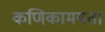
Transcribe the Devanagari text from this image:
कणिकामयता